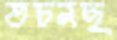
তচনছ